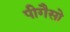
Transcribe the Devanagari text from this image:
पीगैसो